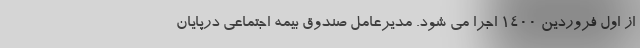
از اول فروردین ۱۴۰۰ اجرا می شود. مدیرعامل صندوق بیمه اجتماعی درپایان